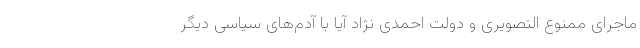
ماجرای ممنوع التصویری و دولت احمدی نژاد آیا با آدم‌های سیاسی دیگر